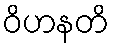
ဝိဟနတိ